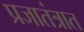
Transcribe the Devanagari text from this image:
प्रजातंत्रात